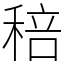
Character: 稖